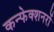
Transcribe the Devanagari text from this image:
कन्फेक्शनरों